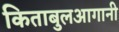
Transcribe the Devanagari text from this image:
किताबुलआगानी